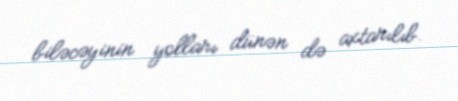
biləcəyinin yolları dünən də axtarılıb.